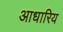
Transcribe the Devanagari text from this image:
आधारिय